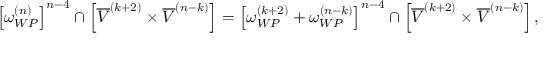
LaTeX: \left[ \omega _ { W P } ^ { ( n ) } \right] ^ { n - 4 } \cap \left[ \overline { { V } } ^ { ( k + 2 ) } \times \overline { { V } } ^ { ( n - k ) } \right] = \left[ \omega _ { W P } ^ { ( k + 2 ) } + \omega _ { W P } ^ { ( n - k ) } \right] ^ { n - 4 } \cap \left[ \overline { { V } } ^ { ( k + 2 ) } \times \overline { { V } } ^ { ( n - k ) } \right] ,